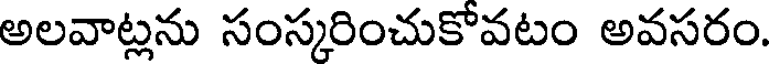
అలవాట్లను సంస్కరించుకోవటం అవసరం.